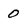
Character: 0